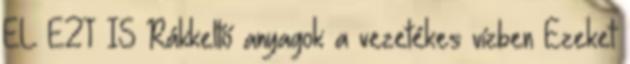
EL EZT IS Rákkeltő anyagok a vezetékes vízben Ezeket